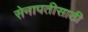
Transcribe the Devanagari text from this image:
सेनापतीसाठी